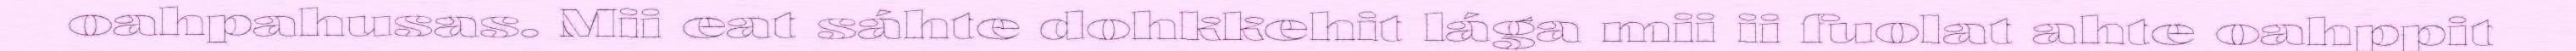
oahpahusas. Mii eat sáhte dohkkehit lága mii ii fuolat ahte oahppit